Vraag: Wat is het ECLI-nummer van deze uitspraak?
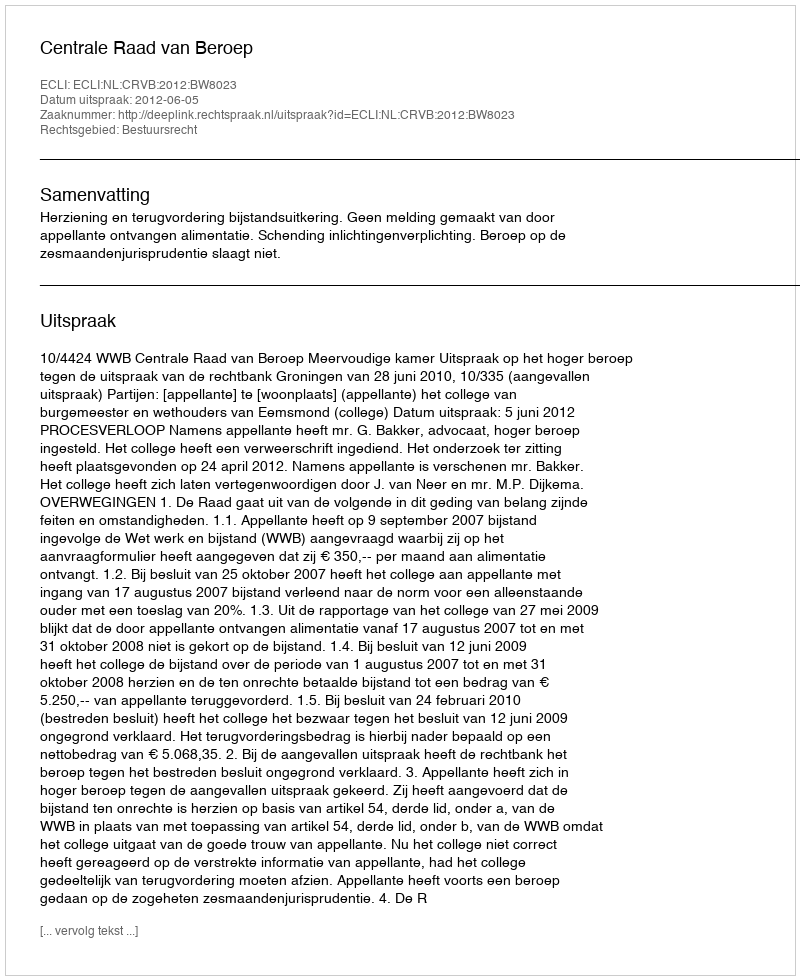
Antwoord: ECLI:NL:CRVB:2012:BW8023